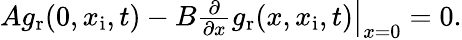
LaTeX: \begin{array}{r}{\left.Ag_{\mathrm{r}}(0,x_{\mathrm{i}},t)-B\frac{\partial}{\partial x}g_{\mathrm{r}}(x,x_{\mathrm{i}},t)\right|_{x=0}=0.}\end{array}